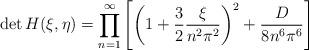
LaTeX: \begin{align*}\det H(\xi,\eta) = \prod^{\infty}_{n=1} \left[ \left( 1 + \frac32 \frac{\xi}{n^2\pi^2}\right)^2 + \frac{D}{8n^6\pi^6} \right]\end{align*}